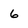
Character: 6